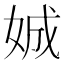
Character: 娍